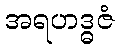
အရဟဒ္ဓဇံ